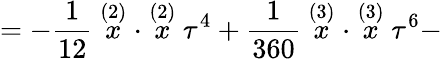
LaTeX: =-\frac 1{12}\stackrel{(2)}{x}\cdot\stackrel{(2)}{x}\tau^{4}+\frac 1{360}\stackrel{(3)}{x}\cdot\stackrel{(3)}{x}\tau^{6}-